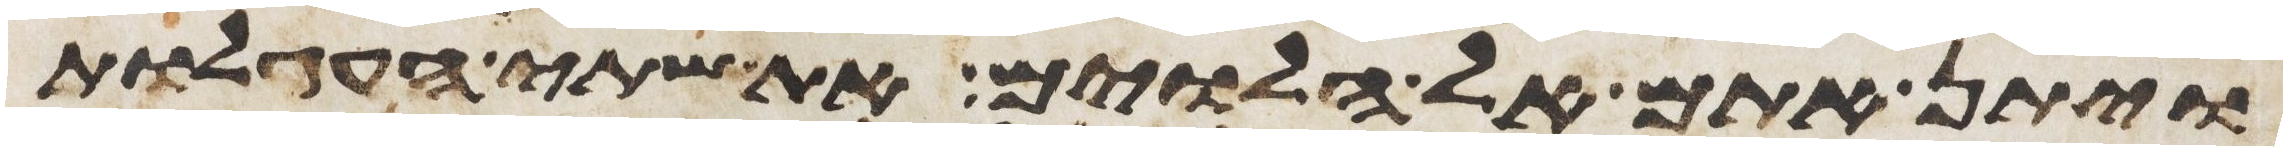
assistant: ויתן אתם אל הלוים את שתי העגלות